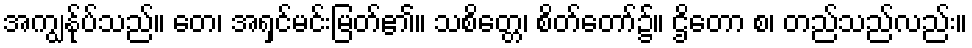
အကျွန်ုပ်သည်။ တေ၊ အရှင်မင်းမြတ်၏။ သစိတ္တေ၊ စိတ်တော်၌။ ဌိတော စ၊ တည်သည်လည်း။